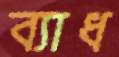
ব্যাধ